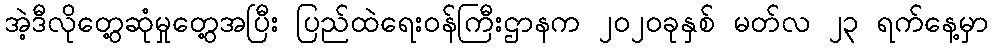
အဲ့ဒီလိုတွေ့ဆုံမှုတွေ့အပြီး ပြည်ထဲရေးဝန်ကြီးဌာနက ၂၀၂၀ခုနှစ် မတ်လ ၂၃ ရက်နေ့မှာ